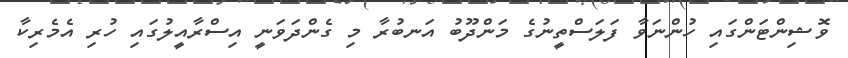
ވޮޝިންޓަންގައި ހުންނަވާ ފަލަސްތީނުގެ މަންދޫބު އަނބުރާ މި ގެންދަވަނީ އިސްރާއީލުގައި ހުރި އެމެރިކާ